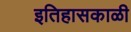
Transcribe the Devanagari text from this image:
इतिहासकाळी